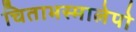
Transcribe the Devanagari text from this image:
चिताभस्मालेपो